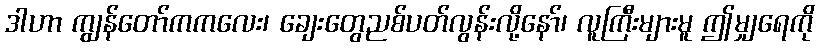
ဒါဟာ ကျွန်တော်ကကလေး၊ ချေးတွေညစ်ပတ်လွန်းလို့နော်၊ လူကြီးများမူ ဤမျှရေကို